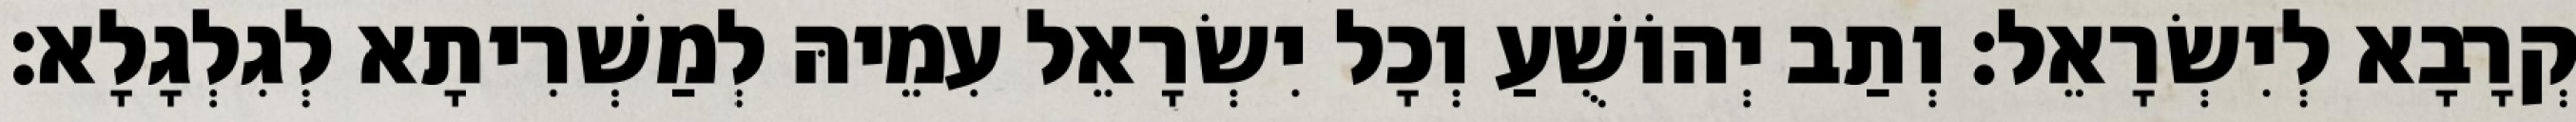
קְרָבָא לְיִשְׂרָאֵל׃ וְתַב יְהוֹשֻׁעַ וְכָל יִשְׂרָאֵל עִמֵיהּ לְמַשְׁרִיתָא לְגִלְגָלָא׃